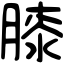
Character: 膝